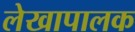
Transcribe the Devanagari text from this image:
लेखापालक